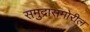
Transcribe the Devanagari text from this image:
समुद्रासमोरील